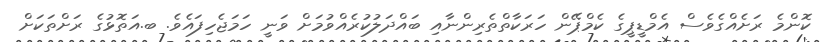
ކޮންމެ ރަށެއްގެވެސް އެމްޑީޕީގެ ކެމްޕޭން ހަރަކާތްތެރިންނާއި ބައްދަލުކުރެއްވުމަށް ވަނީ ހަމަޖެހިފައެވެ. ބ.އަތޮޅުގެ ރަށްތަކަށް